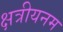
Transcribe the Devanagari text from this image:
क्षत्रीयनम